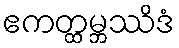
ဧကတ္ထမ္ဘဿိဒံ